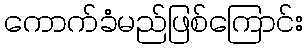
ကောက်ခံမည်ဖြစ်ကြောင်း